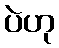
ပဲဟု